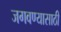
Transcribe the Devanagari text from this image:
जगवण्यासाठी